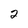
Character: 2